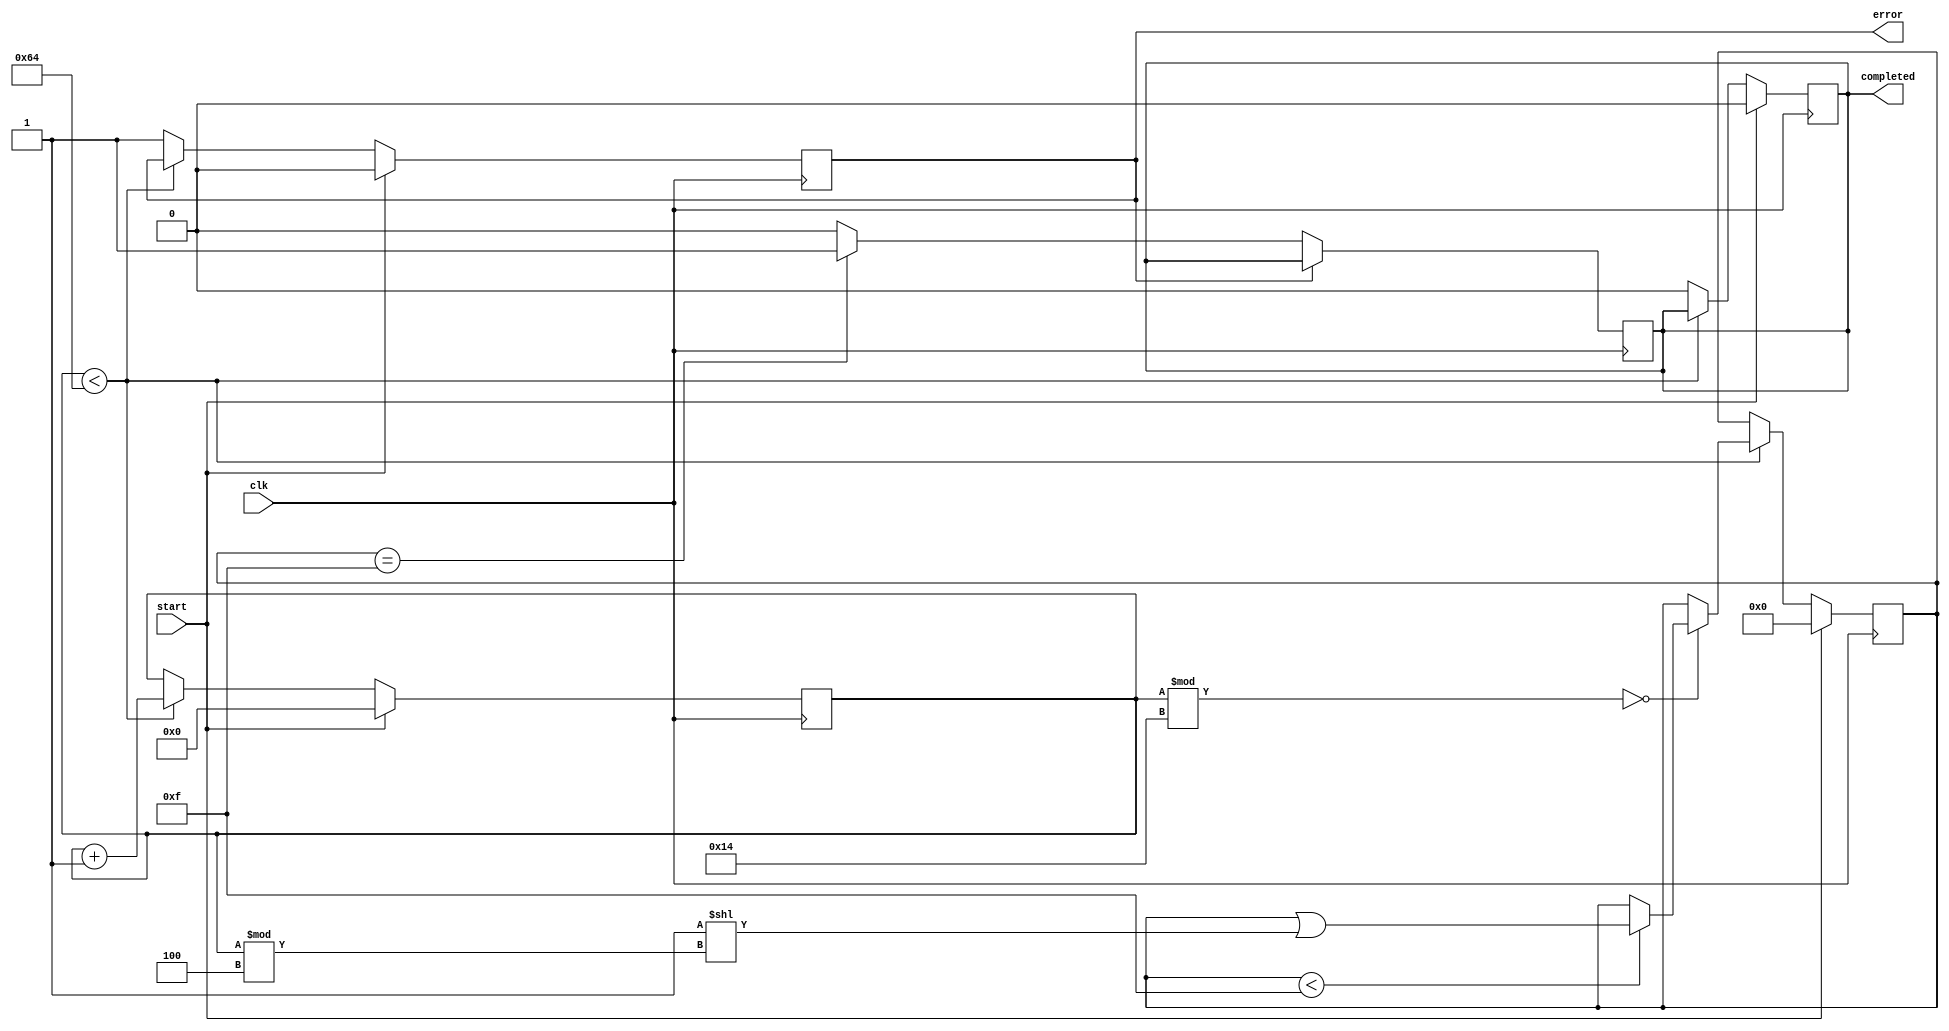
module ForkJoinAll (
    input wire clk,            // Trigger signal
    input wire start,          // Start signal for initiating all processes
    output reg completed,      // Completion signal
    output reg error           // Error signal for timeout
);

    // Parameters
    parameter NUM_PROCESSES = 4; // Number of concurrent processes
    parameter TIMEOUT = 100;       // Timeout duration (in clock cycles)

    // Internal signals
    reg [NUM_PROCESSES-1:0] process_done; // Status of each process
    reg [6:0] timeout_counter;             // Counter for timeout

    // Simulated process completion (example behavior)
    always @(posedge clk) begin
        if (start) begin
            // Reset completion flags and the timeout counter
            process_done <= 0;
            completed <= 0;
            error <= 0;
            timeout_counter <= 0;
        end else begin
            // Simulate process completion
            // This is where actual processes would set their respective bit in process_done
            // For example purposes, let's randomly mark some processes as done
            if (timeout_counter < TIMEOUT) begin
                // Simulate process completion after certain cycles
                if (timeout_counter % 20 == 0) begin // For testing purposes
                    if (process_done < (1 << NUM_PROCESSES) - 1) begin
                        process_done <= process_done | (1 << (timeout_counter % NUM_PROCESSES));
                    end
                end

                // Increment timeout counter
                timeout_counter <= timeout_counter + 1;

            end else begin
                // Timeout condition
                error <= 1;
                completed <= 0;
            end
        end
    end

    // Check for completion of all processes
    always @(posedge clk) begin
        if (!error) begin
            if (process_done == (1 << NUM_PROCESSES) - 1) begin
                completed <= 1; // All processes completed
            end else begin
                completed <= 0; // Not all processes are completed
            end
        end
    end

endmodule